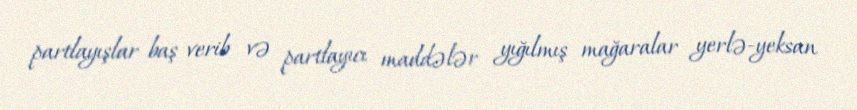
partlayışlar baş verib və partlayıcı maddələr yığılmış mağaralar yerlə-yeksan